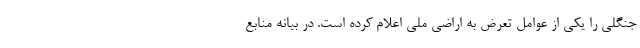
جنگلی را یکی از عوامل تعرض به اراضی ملی اعلام کرده است. در بیانه منابع